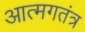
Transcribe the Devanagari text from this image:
आत्मगतंत्र